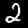
Label: 2